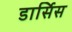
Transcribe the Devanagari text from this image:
डार्सिस